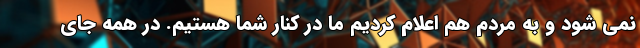
نمی شود و به مردم هم اعلام کردیم ما در کنار شما هستیم. در همه جای